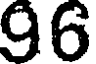
96